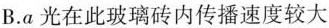
B.a光在此玻璃砖内传播速度较大